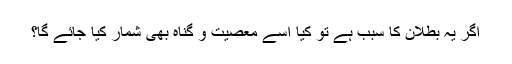
اگر یہ بطلان کا سبب ہے تو کیا اسے معصیت و گناہ بھی شمار کیا جائے گا؟